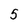
Character: 5